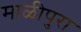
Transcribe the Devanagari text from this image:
माळीपुरा